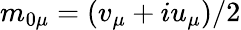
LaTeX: m_{0\mu}=(v_{\mu}+iu_{\mu})/2